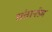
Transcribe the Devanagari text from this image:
संतानप्रेम